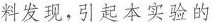
料发现，引起本实验的